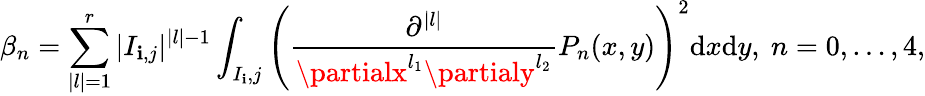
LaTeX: \beta_{n}=\sum_{|l|=1}^{r}|I_{\mathbf{i},j}|^{|l|-1}\int_{I_{\mathbf{i}},j}\left(\frac{{\partial^{|l|}}}{{\partialx^{l_{1}}\partialy^{l_{2}}}}P_{n}(x,y)\right)^{2}{\mathrm{{d}}x\mathrm{{d}}y},~n=0,\dots,4,